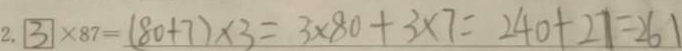
2 . 3 \times 8 7 = ( 8 0 + 7 ) \times 3 = 3 \times 8 0 + 3 \times 7 = 2 4 0 + 2 7 = 2 6 1